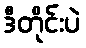
ဒီတိုင်းပဲ